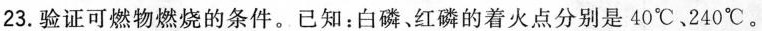
23.验证可燃物燃烧的条件。已知：白磷、红磷的着火点分别是40^{\circ}C、240^{\circ}C。